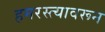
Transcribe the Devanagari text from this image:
हमरस्त्यावरून